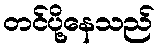
တင်ပို့နေသည်